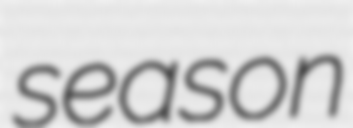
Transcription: season